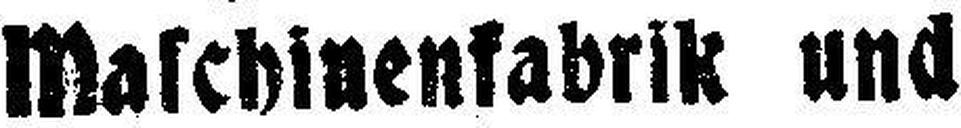
Maschinenfabrik und